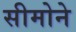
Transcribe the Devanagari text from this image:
सीमोने